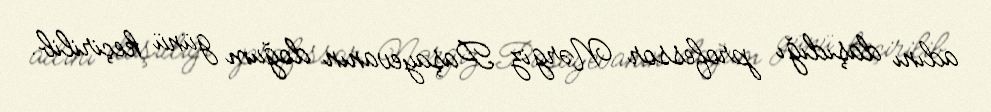
adını daşıdığı professor Nərgiz Paşayevanın doğum günü keçirilib.